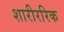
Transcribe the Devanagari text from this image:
शारीररिक